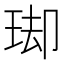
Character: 𭹌